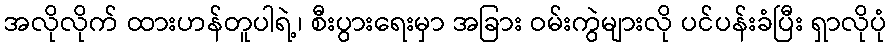
အလိုလိုက် ထားဟန်တူပါရဲ့၊ စီးပွားရေးမှာ အခြား ဝမ်းကွဲများလို ပင်ပန်းခံပြီး ရှာလိုပုံ